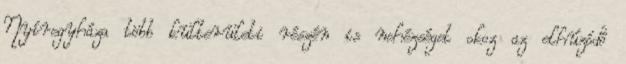
Nyíregyháza több külterületi részén is nehézséget okoz az elhúzódó